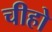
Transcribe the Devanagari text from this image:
चीहो